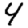
Digit: 4